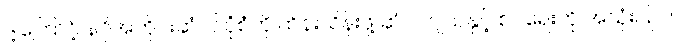
ဒါ့ကြောင့် နဂိုအတိုင်းဆံပင်ပုံစံကို ထိန်းသိန်းဖို့ ဆံပင်ဂျယ်နှင့် စပရေးကို အသုံးပြုပါ။